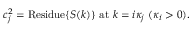
c _ { j } ^ { 2 } = \mathrm { R e s i d u e } \{ S ( k ) \} \mathrm { ~ a t ~ } k = i \kappa _ { j } ~ ( \kappa _ { i } > 0 ) .